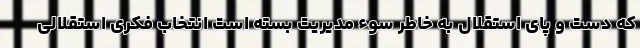
که دست و پای استقلال به خاطر سوء مدیریت بسته است انتخاب فکری استقلالی